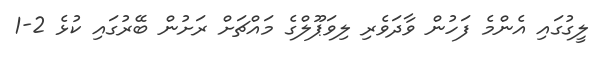
ލީގުގައި އެންމެ ފަހުން ވާދަވެރި ލިވަޕޫލްގެ މައްޗަށް ރަށުން ބޭރުގައި ކުޅެ 2-1